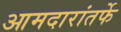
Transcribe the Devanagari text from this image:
आमदारांतर्फे